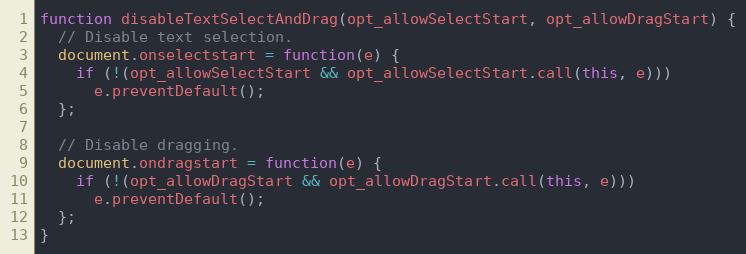
Language: JavaScript
function disableTextSelectAndDrag(opt_allowSelectStart, opt_allowDragStart) {
  // Disable text selection.
  document.onselectstart = function(e) {
    if (!(opt_allowSelectStart && opt_allowSelectStart.call(this, e)))
      e.preventDefault();
  };

  // Disable dragging.
  document.ondragstart = function(e) {
    if (!(opt_allowDragStart && opt_allowDragStart.call(this, e)))
      e.preventDefault();
  };
}